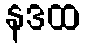
နဒထ